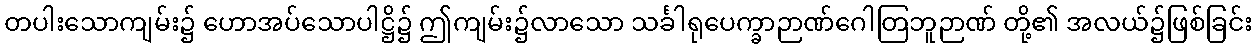
တပါးသောကျမ်း၌ ဟောအပ်သောပါဋ္ဌိ၌ ဤကျမ်း၌လာသော သင်္ခါရုပေက္ခာဉာဏ်ဂေါတြဘူဉာဏ် တို့၏ အလယ်၌ဖြစ်ခြင်း